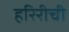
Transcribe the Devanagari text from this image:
हरिरीची